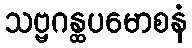
သဗ္ဗဂန္ထပမောစနံ